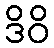
ဒိဝိ